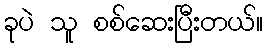
ခုပဲ သူ စစ်ဆေးပြီးတယ်။